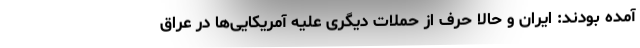
آمده بودند: ایران و حالا حرف از حملات دیگری علیه آمریکایی‌ها در عراق